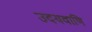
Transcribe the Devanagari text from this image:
उदयवाणि